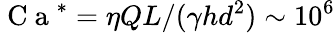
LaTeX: \mathrm{~C~a~}^{*}=\eta QL/(\gamma hd^{2})\sim 10^{6}